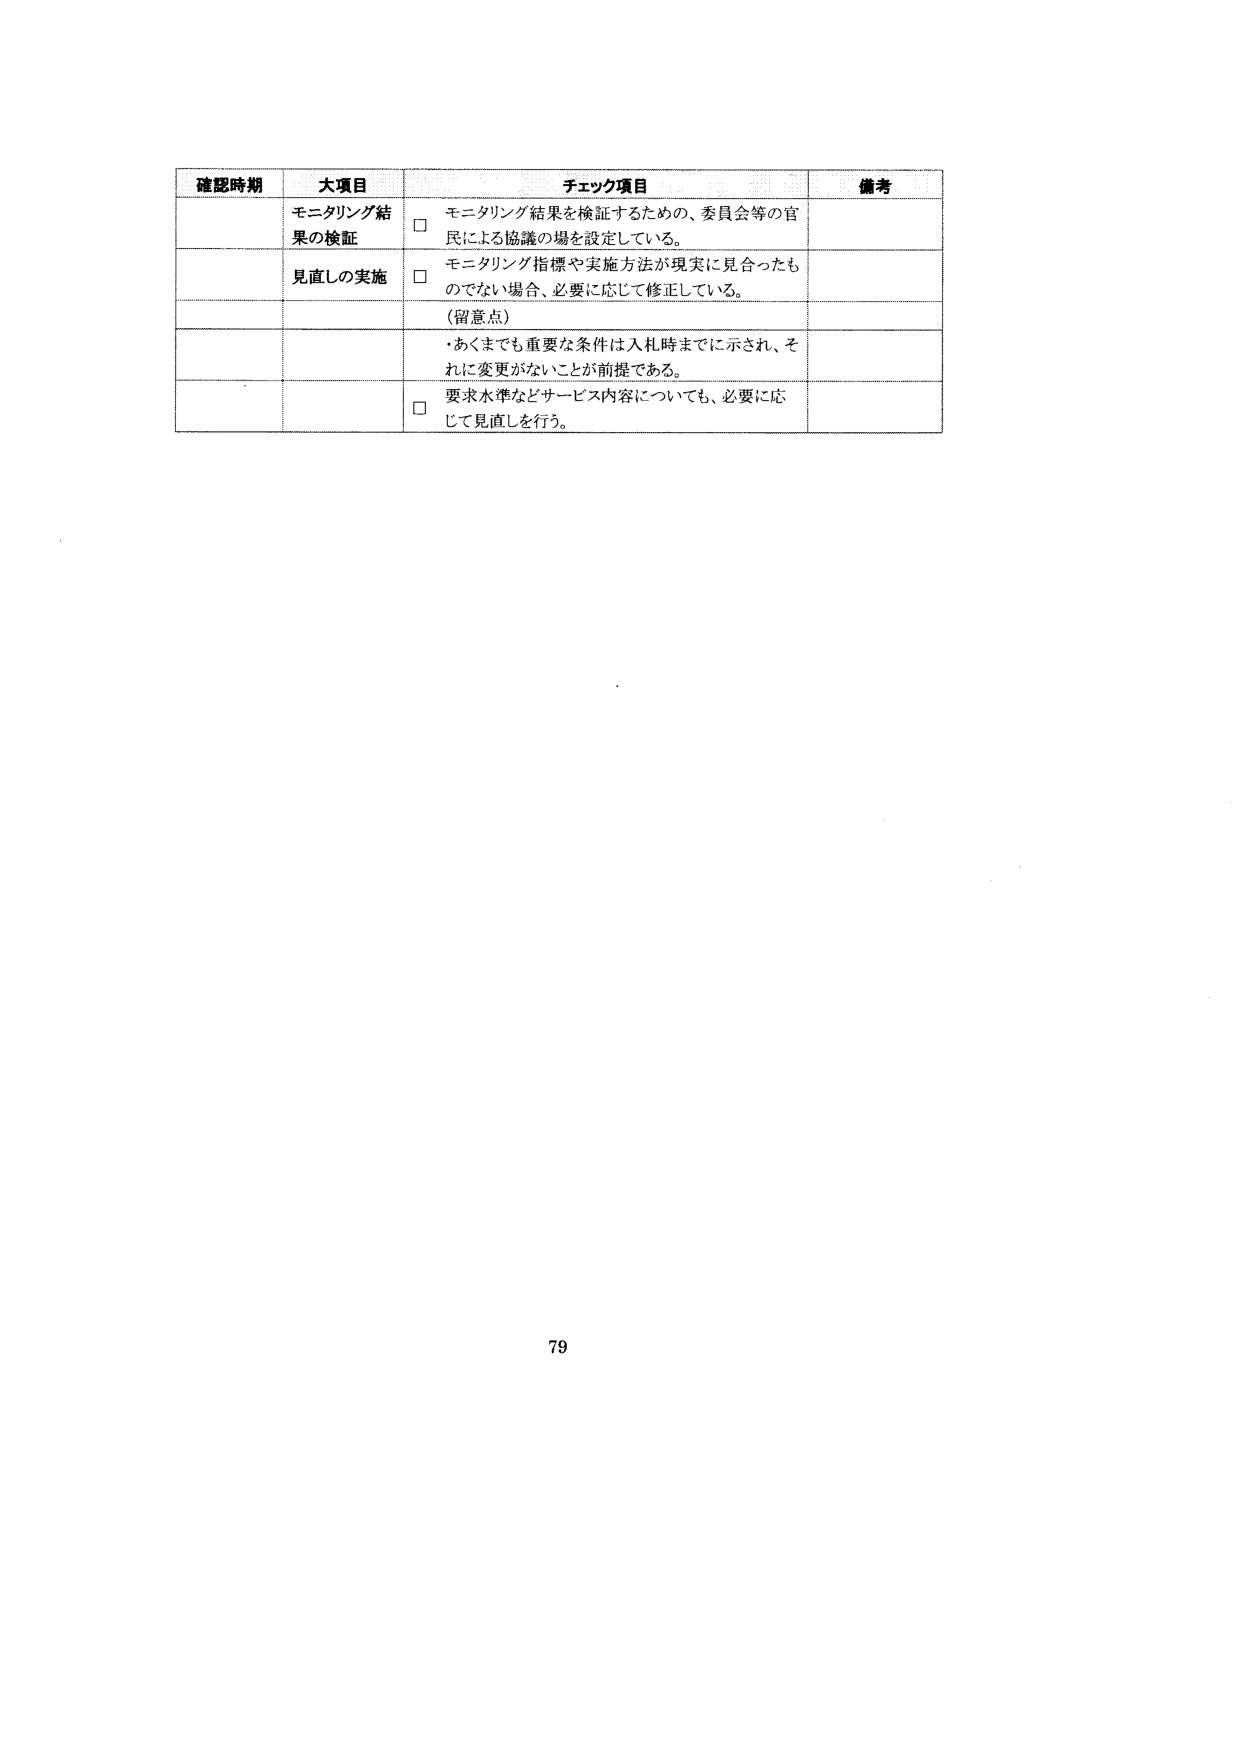
確認時期　大項目　チェック項目　備考
モニタリング結果の検証　□　モニタリング結果を検証するための、委員会等の官民による協議の場を設定している。
見直しの実施　□　モニタリング指標や実施方法が現実に見合ったものでない場合、必要に応じて修正している。
（留意点）
・あくまでも重要な条件は入札時までに示され、それに変更がないことが前提である。
□　要求水準などサービス内容についても、必要に応じて見直しを行う。
79